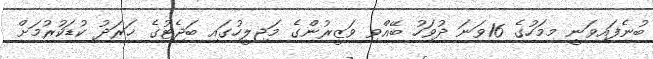
ބުނެފައިވަނީ މިމަހުގެ 16ވަނަ ދުވަހު ބޭއްވި ވަޒީރުންގެ މަޖިލީހުގައި ބަޖެޓުގެ ޚަރަދު ކުޑަކުރުމަށް